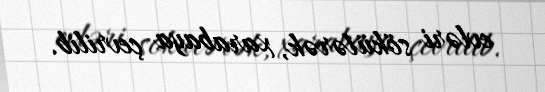
evləri sökülərək, xarabaya çevrilib.